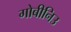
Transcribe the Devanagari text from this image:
गोबीनिउ